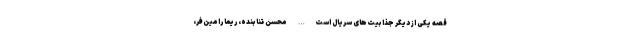
قصه یکی از دیگر جذابیت‌های سریال است… محسن تنابنده، ریما رامین‌فر،